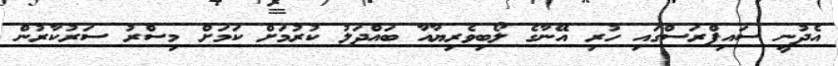
އެދުނީ ސައިޕްރަސްގައި ހުރި އޭނާގެ ލޯބިވެރިޔާއާ ބައްދަލު ކުރުމަށް ކަމަށް މިސްރު ސަރުކާރުން